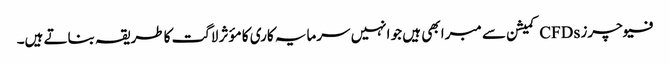
فیوچرز CFDs کمیشن سے مبرا بھی ہیں جو انہیں سرمایہ کاری کا مؤثر لاگت کا طریقہ بناتے ہیں۔